Annual report on the Civil Veterinary Department, Burma (including the Insein Veterinary School) - 1923-1931
Year: 1923
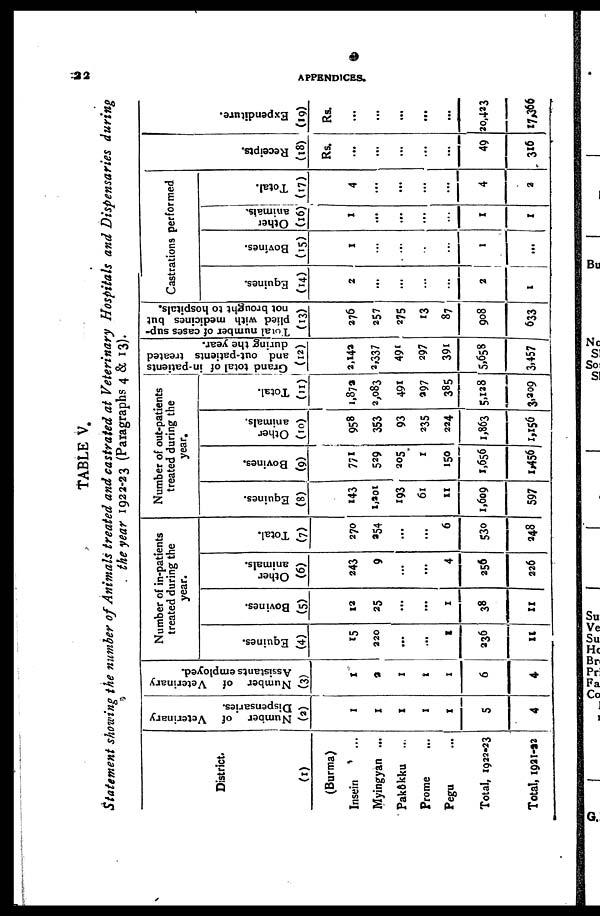
32
APPENDICES.
TABLE V.
Statement showing the number of Animals treated and castrated at Veterinary Hospitals and Dispensaries during
the year 1922-23 (Paragraphs 4 & 13).
District.
(1)
(Burma)
Insein ...
Myingyan ...
Pakôkku ...
Prome ...
Pegu ...
Total, 1922-23
Total, 1921-92
Number of Veterinary
Dispensaries.
(2)
1
1
1
1
1
5
4
Number of Veterinary
Assistants employed.
(3)
1
2
1
1
I
6
4
Number of in-patients
treated during the
year.
Equines.
(4)
15
220
...
...
I
236
11
Bovines.
(5)
12
25
...
...
1
38
11
Other
animals.
(6)
243
9
...
...
4
256
226
Total.
(7)
270
954
...
...
6
530
248
Number of out-patients
treated during the
year.
Equines.
(8)
143
1,201
193
61
11
1,609
597
Bovines.
(9)
771
529
205
1
150
1,656
1,456
Other
animals.
(10)
958
353
93
235
224
1,863
1,156
Total.
(11)
1,87a
2,083
491
297
385
5,128
3,209
Grand total of in-patients
and out-patients treated
during the year.
(12)
2,142
2,337
491
297
391
5,658
3,457
Total number of cases sup-
plied with medicines but
not brought to hospitals.
(13)
276
257
275
13
87
908
633
Castrations performed
Equines.
(14)
2
...
...
...
...
2
1
Bovines.
(15)
1
...
...
..
...
I
...
Other
animals.
(16)
1
...
...
...
...
1
1
Total.
(17)
4
...
...
...
...
4
2
Receipts.
(18)
Rs.
...
...
...
...
...
49
316
Expenditure.
(19)
Rs.
...
...
...
...
...
20,423
17,366